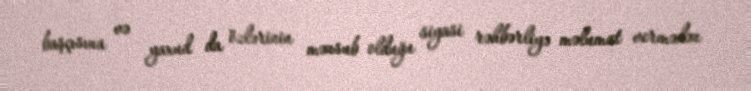
başçısına və yaxud da özlərinin mənsub olduğu siyasi rəhbərliyə məlumat vermədən